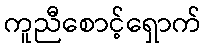
ကူညီစောင့်ရှောက်